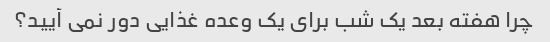
چرا هفته بعد یک شب برای یک وعده غذایی دور نمی آیید؟